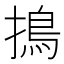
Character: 㨶